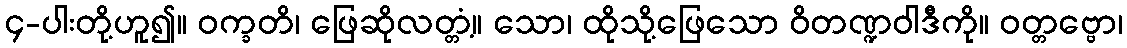
၄-ပါးတို့ဟူ၍။ ဝက္ခတိ၊ ဖြေဆိုလတ္တံ့။ သော၊ ထိုသို့ဖြေသော ဝိတဏ္ဍဝါဒီကို။ ဝတ္တဗ္ဗော၊